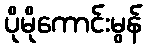
ပိုမိုကောင်းမွန်